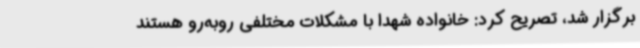
برگزار شد، تصریح کرد: خانواده شهدا با مشکلات مختلفی روبه‌رو هستند